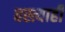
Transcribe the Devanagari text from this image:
वस्त्याही